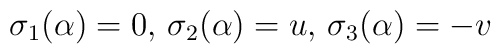
\sigma_1(\alpha) = 0, \, \sigma_2(\alpha) = u, \, \sigma_3(\alpha) = -v